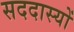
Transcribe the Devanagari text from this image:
सददास्यों